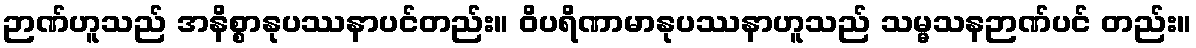
ဉာဏ်ဟူသည် အနိစ္စာနုပဿနာပင်တည်း။ ဝိပရိဏာမာနုပဿနာဟူသည် သမ္မသနဉာဏ်ပင် တည်း။